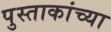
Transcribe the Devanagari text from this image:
पुस्ताकांच्या